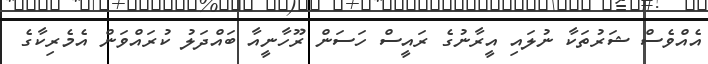
އެއްވެސް ޝަރުތަކާ ނުލައި އީރާނުގެ ރައީސް ހަސަން ރޫހާނީއާ ބައްދަލު ކުރައްވަން އެމެރިކާގެ